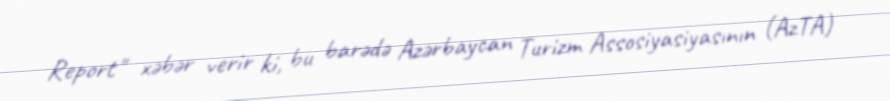
Report" xəbər verir ki, bu barədə Azərbaycan Turizm Assosiyasiyasının (AzTA)